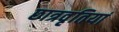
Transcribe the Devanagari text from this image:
छात्रवृतियां